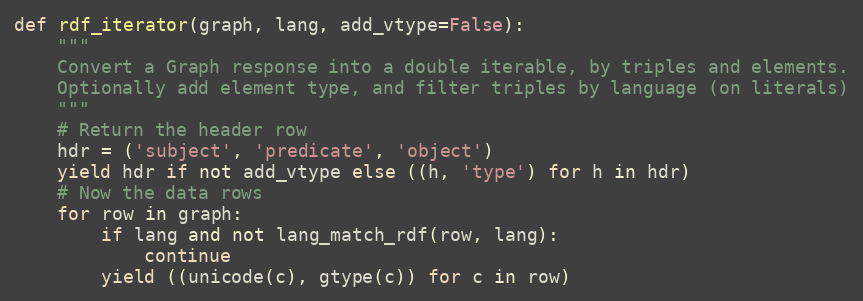
Language: Python
def rdf_iterator(graph, lang, add_vtype=False):
    """
    Convert a Graph response into a double iterable, by triples and elements.
    Optionally add element type, and filter triples by language (on literals)
    """
    # Return the header row
    hdr = ('subject', 'predicate', 'object')
    yield hdr if not add_vtype else ((h, 'type') for h in hdr)
    # Now the data rows
    for row in graph:
        if lang and not lang_match_rdf(row, lang):
            continue
        yield ((unicode(c), gtype(c)) for c in row)